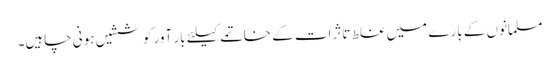
مسلمانوں کے بارے میں غلط تاثرات کے خاتمے کیلئے بار آور کوششیں ہونی چاہیں۔